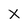
Character: X